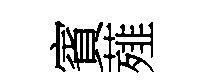
賓薤